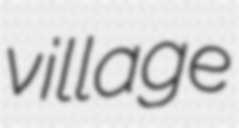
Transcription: village